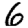
Digit: 6